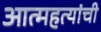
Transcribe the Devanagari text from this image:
आत्महत्यांची